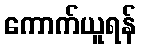
ကောက်ယူရန်